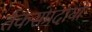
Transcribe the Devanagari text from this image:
र्तकसंप्रदायों